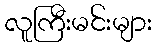
လူကြီးမင်းများ